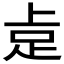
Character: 𮛅